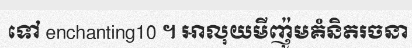
ទៅ enchanting10 ។ អាលុយមីញ៉ូមគំនិតរចនា